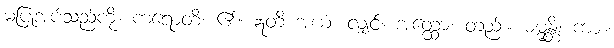
မပြုအပ်သည်ကို။ ကရောတိ၊ ၏။ ဣတိ အယံ၊ လျှင်။ အတ္ထော၊ တည်း။ ဓမ္မန္တိ၊ ကား။